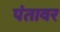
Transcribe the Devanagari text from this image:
पंतावर